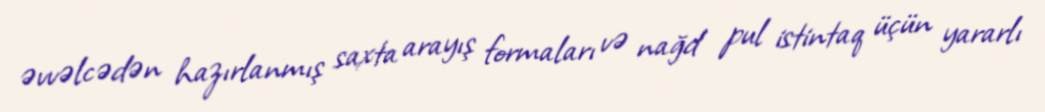
əvvəlcədən hazırlanmış saxta arayış formaları və nağd pul istintaq üçün yararlı